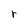
Character: r